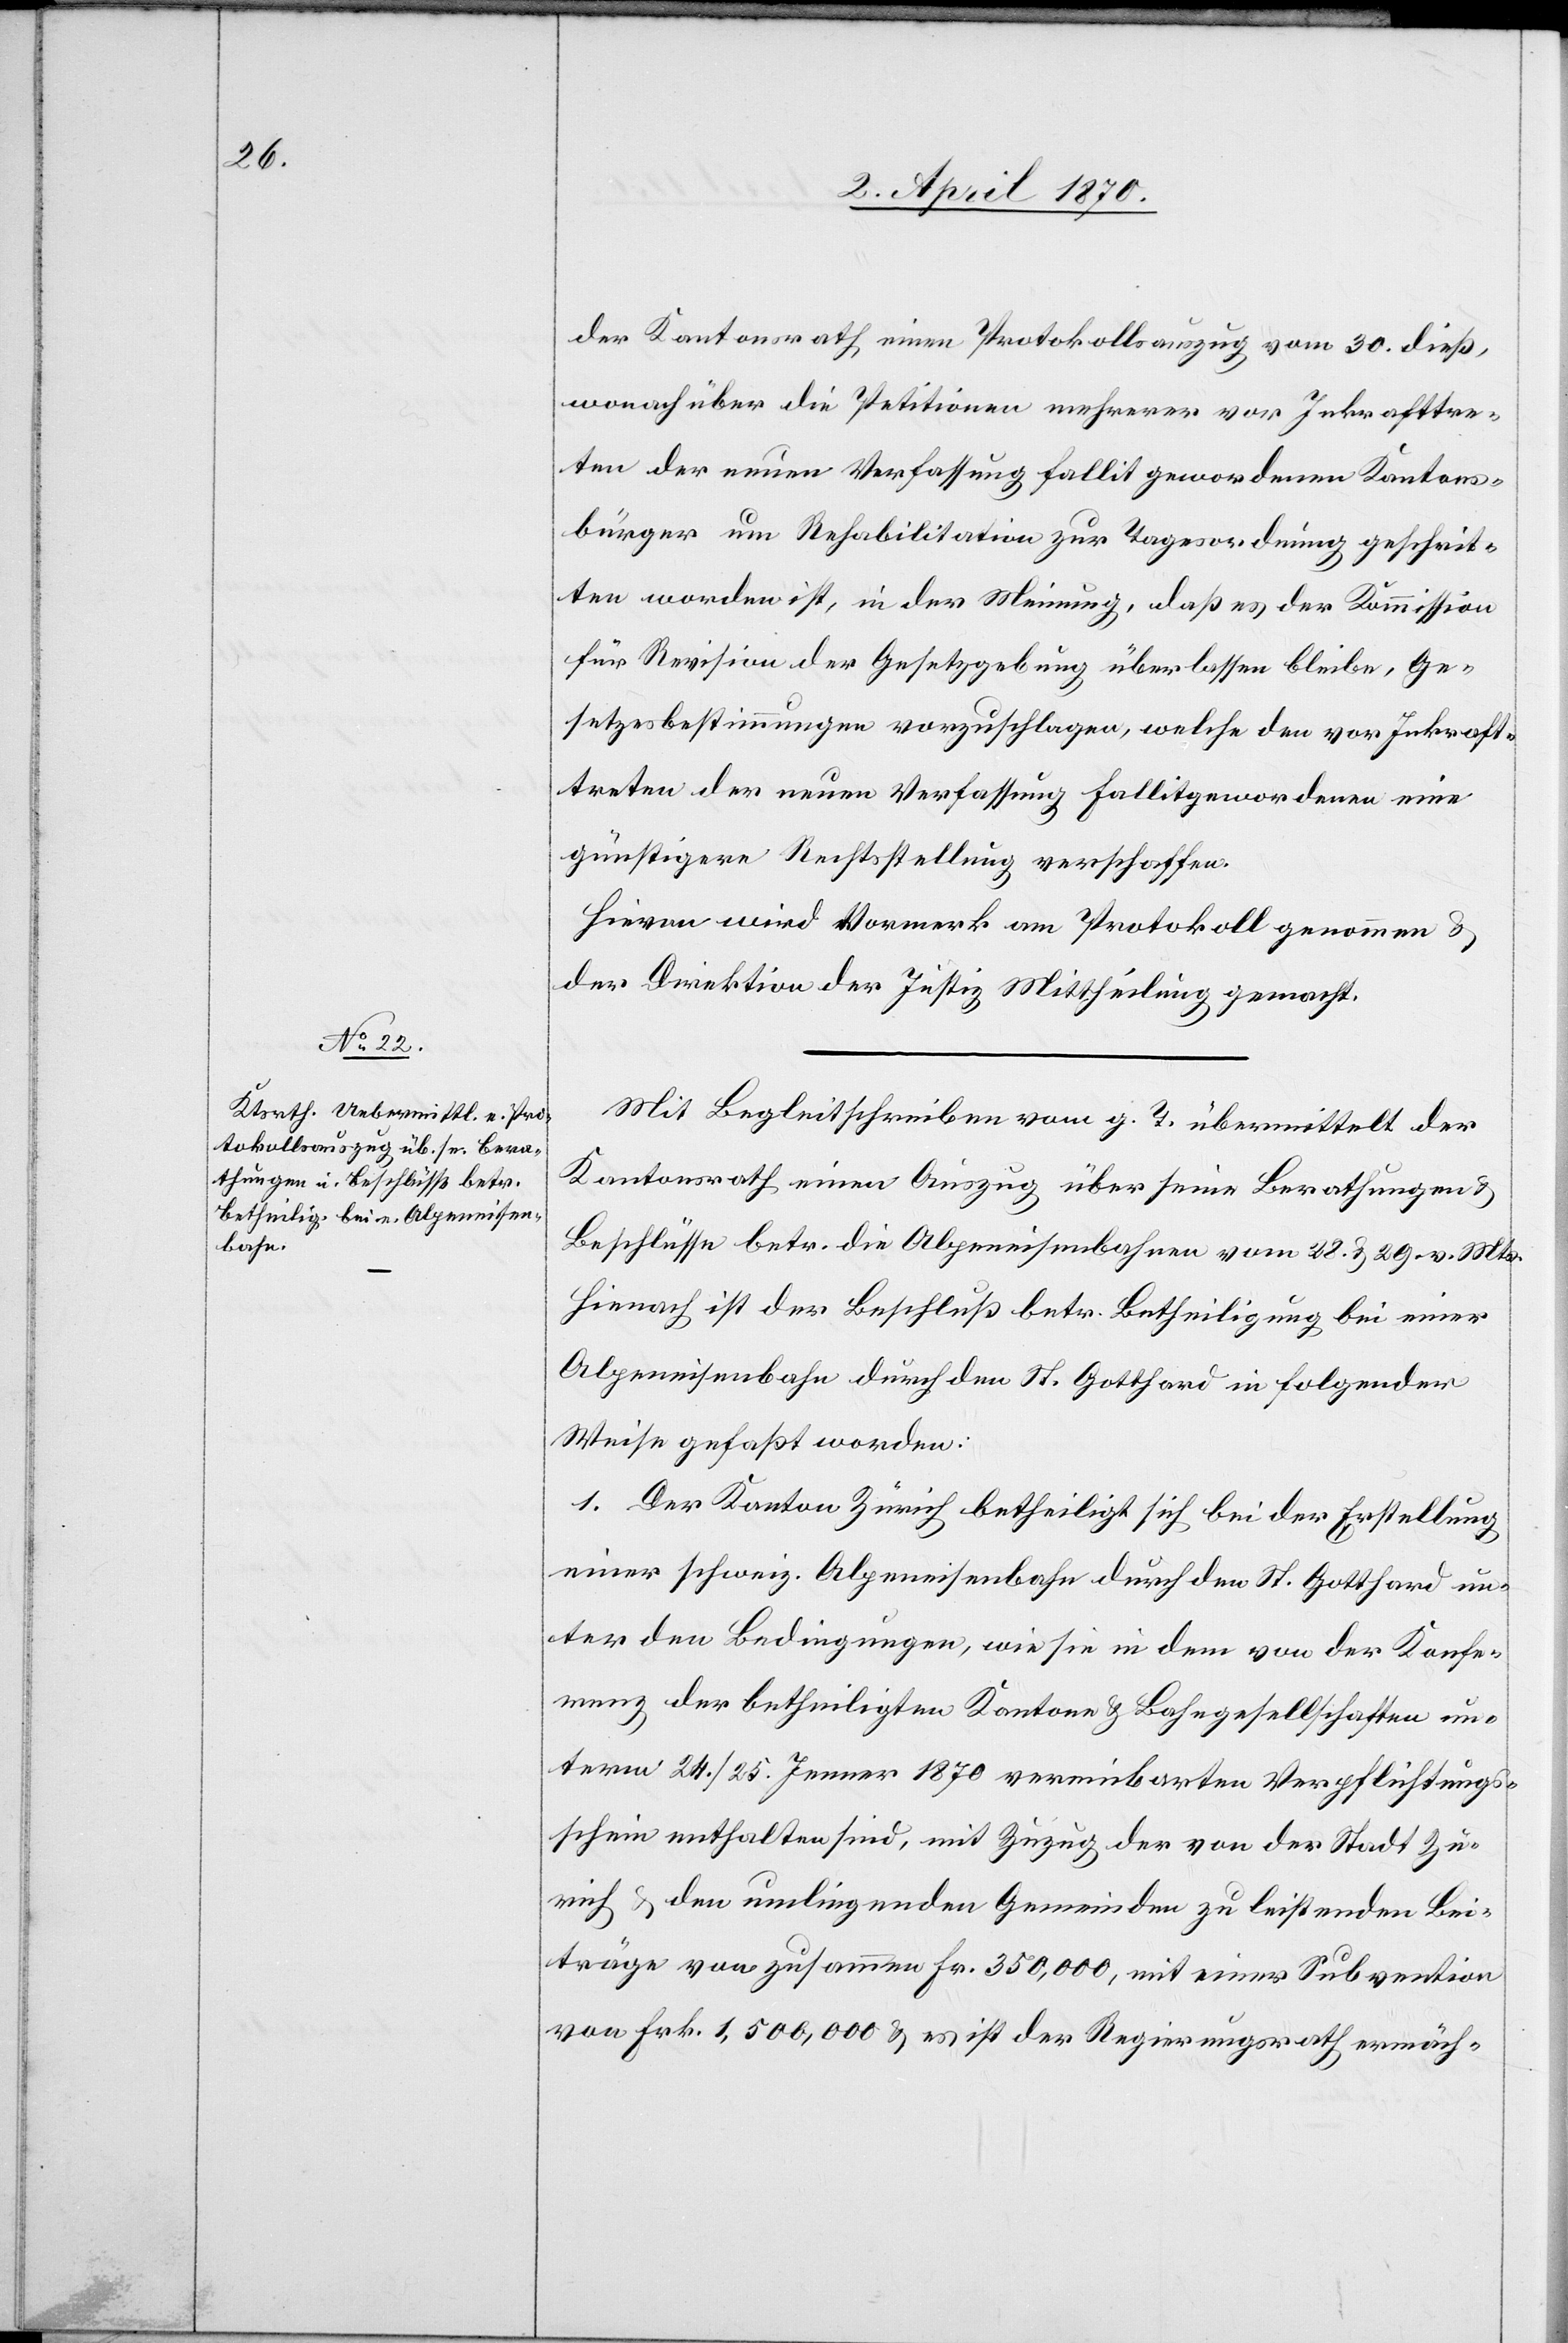
der Kantonsrath einen Protokollauszug vom 30. dieß,
wonach über die Petitionen mehrerer vor Inkrafttre¬
ten der neuen Verfassung fallit gewordenen Kantons¬
bürger um Rehabilitation zur Tagesordnung geschrit¬
ten worden ist, in der Meinung, daß es der Kommission
für Revision der Gesetzgebung überlassen bleibe, Ge¬
setzesbestimmungen vorzuschlagen, welche den vor Inkraft¬
treten der neuen Verfassung fallitgewordenen [sic!] eine
günstigere Rechtsstellung verschaffen.
Hievon wird Vormerk am Protokoll genommen &
der Direktion der Justiz Mittheilung gemacht.
Mit Begleitschreiben vom g. T. übermittelt der
Kantonsrath einen Auszug über seine Berathungen &
Beschlüsse betr. die Alpeneisenbahnen vom 28. & 29. vor. Mts.
Hienach ist der Beschluß betr. Betheiligung bei einer
Alpeneisenbahn durch den St. Gotthard in folgender
Weise gefaßt worden:
1. der Kanton Zürich betheiligt sich bei der Erstellung
einer schweiz. Alpeneisenbahn durch den St. Gotthard un¬
ter den Bedingungen, wie sie in dem von der Konfe¬
renz der betheiligten Kantone & Bahngesellschaften un¬
term 24./25. Jenner 1870 vereinbarten Verpflichtungs¬
schein enthalten sind, mit Zuzug der von der Stadt Zü¬
rich & den umliegenden Gemeinden zu leistenden Bei¬
träge von zusammen Fr. 350,000, mit einer Subvention
von Frk. 1,500,000 & es ist der Regierungsrath ermäch-